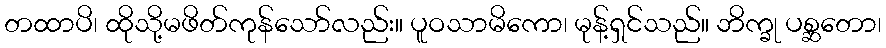
တထာပိ၊ ထိုသို့မဖိတ်ကုန်သော်လည်း။ ပူဝသာမိကော၊ မုန့်ရှင်သည်။ ဘိက္ခု ပစ္ဆတော၊